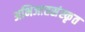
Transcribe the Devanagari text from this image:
अभिजातसंस्कृत